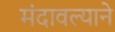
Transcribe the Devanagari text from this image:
मंदावल्याने